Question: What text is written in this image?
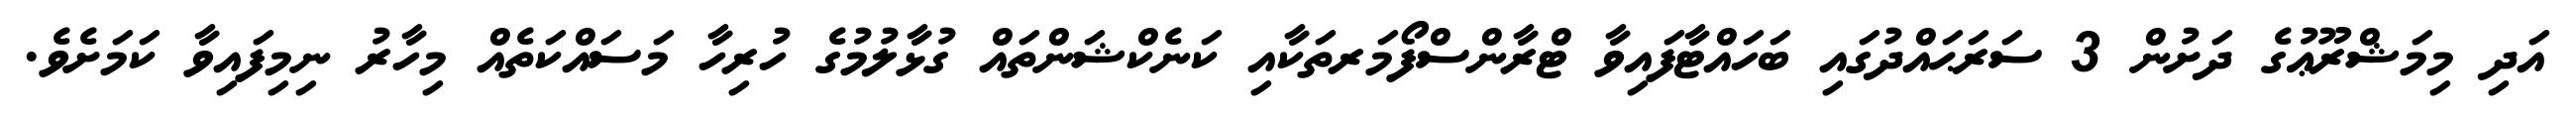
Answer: އަދި މިމަޝްރޫޢުގެ ދަށުން 3 ސަރަޙައްދުގައި ބަހައްޓާފައިވާ ޓްރާންސްފޯމަރތަކާއި ކަނެކްޝަންތައް ގުޅާލުމުގެ ހުރިހާ މަސައްކަތެއް މިހާރު ނިމިފައިވާ ކަމަށެވެ.